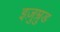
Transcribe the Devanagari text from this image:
इज़ुम्रुड